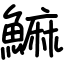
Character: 䲈